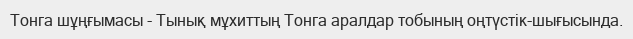
Тонга шұңғымасы - Тынық мұхиттың Тонга аралдар тобының оңтүстік-шығысында.